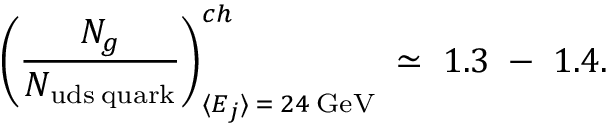
\left( \frac { N _ { g } } { N _ { \mathrm { u d s \: q u a r k } } } \right) _ { \langle E _ { j } \rangle \: = \: 2 4 \: \mathrm { G e V } } ^ { c h } \; \simeq \; 1 . 3 \; - \; 1 . 4 .